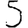
Digit: 5